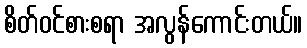
စိတ်ဝင်စားစရာ အလွန်ကောင်းတယ်။